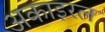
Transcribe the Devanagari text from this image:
अकाइरल